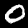
Digit: 0